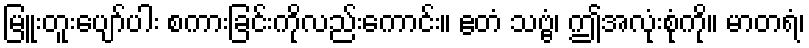
မြူးတူးပျော်ပါး စကားခြင်းကိုလည်းကောင်း။ ဧတံ သဗ္ဗံ၊ ဤအလုံးစုံကို။ မာတရံ၊